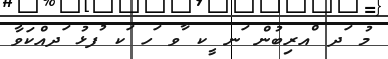
މު ަދ ްއރިބުން ަނ ީކ ާވ ަހ ަކ ުފޅު ަދއްކަވާ